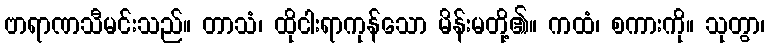
ဗာရာဏသီမင်းသည်။ တာသံ၊ ထိုငါးရာကုန်သော မိန်းမတို့၏။ ကထံ၊ စကားကို။ သုတွာ၊